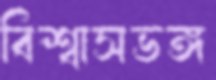
বিশ্বাসভঙ্গ